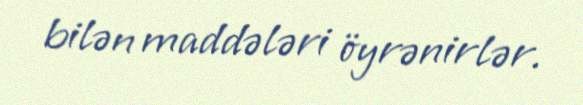
bilən maddələri öyrənirlər.